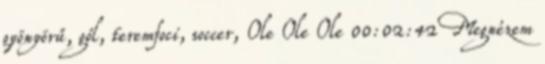
gyönyörű, gól, teremfoci, soccer, Ole Ole Ole 00:02:42 Megnézem